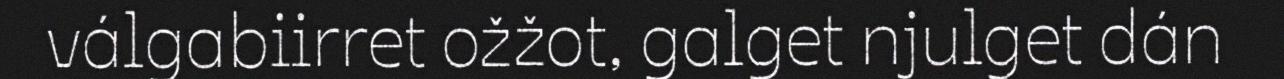
válgabiirret ožžot, galget njulget dán